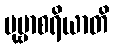
ပုဗ္ဗာစရိယာတိ